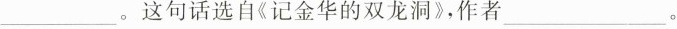
___。这句话选自《记金华的双龙洞》，作者___。